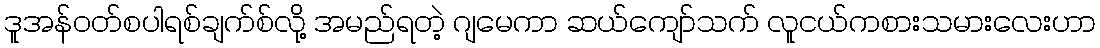
ဒူအန်ဝတ်စပါရစ်ချက်စ်လို့ အမည်ရတဲ့ ဂျမေကာ ဆယ်ကျော်သက် လူငယ်ကစားသမားလေးဟာ